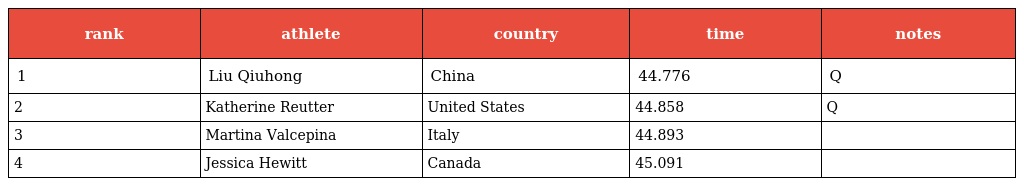
| rank | athlete | country | time | notes |
 | --- | --- | --- | --- | --- |
 | 1 | Liu Qiuhong | China | 44.776 | Q |
 | 2 | Katherine Reutter | United States | 44.858 | Q |
 | 3 | Martina Valcepina | Italy | 44.893 |  |
 | 4 | Jessica Hewitt | Canada | 45.091 |  |